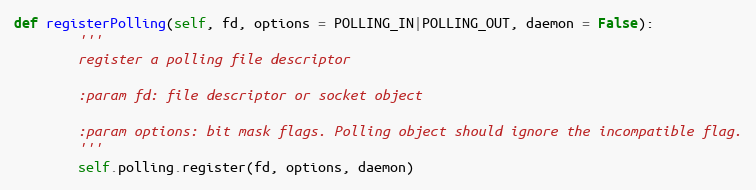
Language: Python
def registerPolling(self, fd, options = POLLING_IN|POLLING_OUT, daemon = False):
        '''
        register a polling file descriptor

        :param fd: file descriptor or socket object

        :param options: bit mask flags. Polling object should ignore the incompatible flag.
        '''
        self.polling.register(fd, options, daemon)